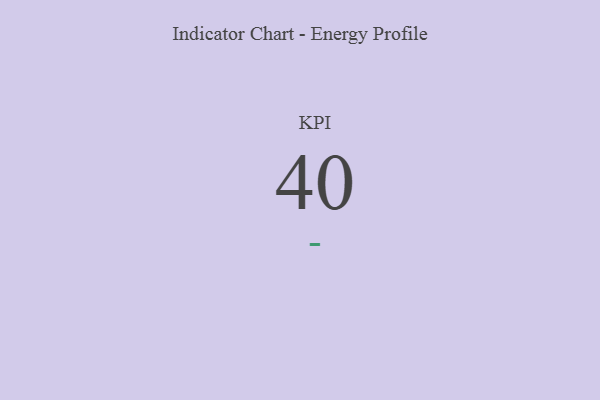
{"axis": {"x": "KPI", "y": "Value"}, "legend": [""], "data": [{"x": "KPI", "y": 40, "type": ""}]}